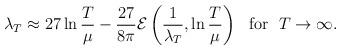
LaTeX: \begin{align*}\lambda_T\approx 27\ln\frac{T}{\mu}-\frac{27}{8\pi}{\cal E} \left(\frac{1}{\lambda_T},\ln \frac{T}{\mu}\right)~~{\rm for}~~T\rightarrow \infty.\end{align*}